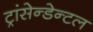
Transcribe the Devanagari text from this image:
ट्रांसेन्डेन्टल